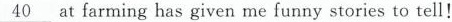
\underline{40} at farminghas given me funny stories to tell!